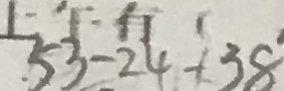
5 3 - 2 4 - 3 8